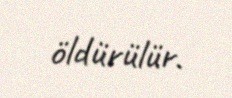
öldürülür.